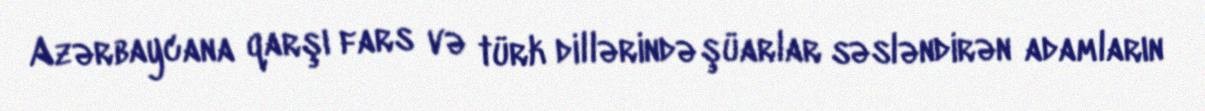
Azərbaycana qarşı fars və türk dillərində şüarlar səsləndirən adamların